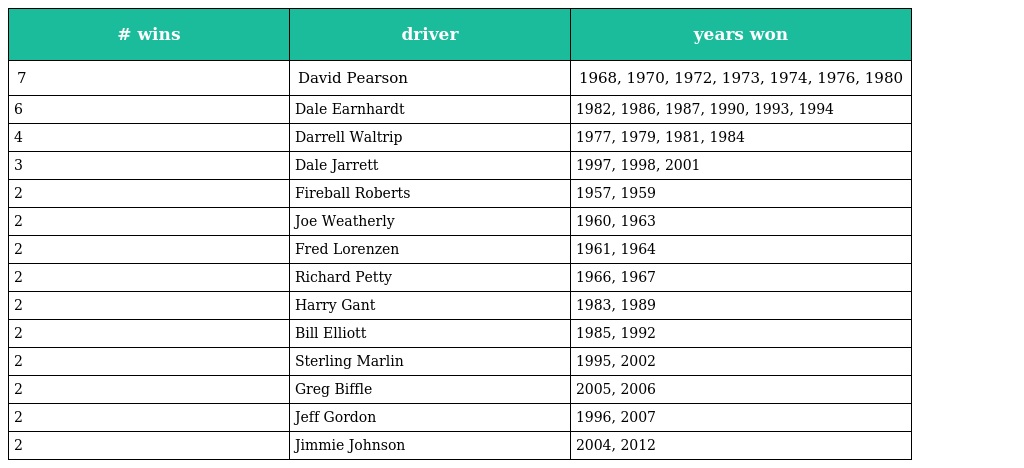
| # wins | driver | years won |
 | --- | --- | --- |
 | 7 | David Pearson | 1968, 1970, 1972, 1973, 1974, 1976, 1980 |
 | 6 | Dale Earnhardt | 1982, 1986, 1987, 1990, 1993, 1994 |
 | 4 | Darrell Waltrip | 1977, 1979, 1981, 1984 |
 | 3 | Dale Jarrett | 1997, 1998, 2001 |
 | 2 | Fireball Roberts | 1957, 1959 |
 | 2 | Joe Weatherly | 1960, 1963 |
 | 2 | Fred Lorenzen | 1961, 1964 |
 | 2 | Richard Petty | 1966, 1967 |
 | 2 | Harry Gant | 1983, 1989 |
 | 2 | Bill Elliott | 1985, 1992 |
 | 2 | Sterling Marlin | 1995, 2002 |
 | 2 | Greg Biffle | 2005, 2006 |
 | 2 | Jeff Gordon | 1996, 2007 |
 | 2 | Jimmie Johnson | 2004, 2012 |